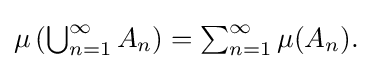
{\textstyle \mu \left(\bigcup _{n=1}^{\infty }A_{n}\right)=\sum _{n=1}^{\infty }\mu (A_{n}).}